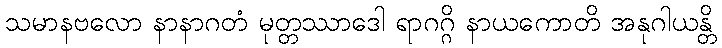
သမာနဗလော နာနာဂတံ မုတ္တဿာဒေါ ရာဂဂ္ဂိ နာယကောတိ အနုဂါယန္တိ